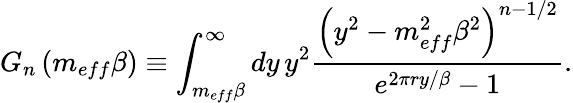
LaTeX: G_{n}\left(m_{eff}\beta\right)\equiv\int_{m_{eff}\beta}^{\infty}dy\, y^{2}\frac{\left(y^{2}-m_{eff}^{2}\beta^{2}\right)^{n-1/2}}{e^{2\pi ry/\beta}-1}.